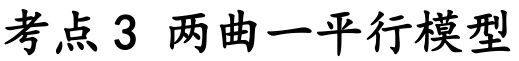
考点 3 两曲一平行模型